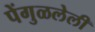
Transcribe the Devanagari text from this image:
पेंगुळलेली